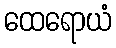
ထေရောယံ